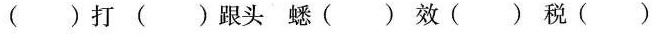
()打 ()跟头 蟋() 效() 税()